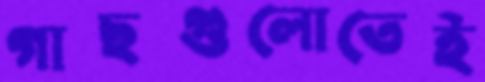
গাছগুলোতেই